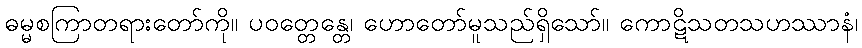
ဓမ္မစကြာတရားတော်ကို။ ပဝတ္တေန္တေ၊ ဟောတော်မူသည်ရှိသော်။ ကောဋိသတသဟဿာနံ၊